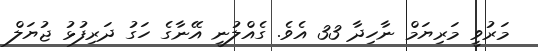
މަރުވީ މަރިޔަމް ނާހިދާ 33 އެވެ. ގެއްލުނީ އޭނާގެ ހަގު ދަރިފުޅު ޖުޔަލް